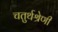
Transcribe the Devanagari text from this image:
चतुर्थश्रेणी